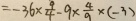
= - 3 6 \times \frac { 9 } { 4 } - 9 \times \frac { 4 } { 9 } \times ( - 3 )